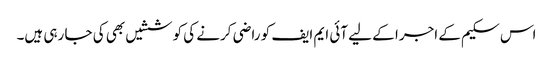
اس سکیم کے اجرا کے لیے آئی ایم ایف کو راضی کرنے کی کوششیں بھی کی جا رہی ہیں۔